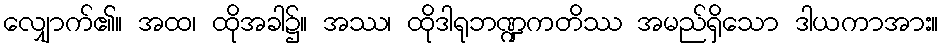
လျှောက်၏။ အထ၊ ထိုအခါ၌။ အဿ၊ ထိုဒါရုဘဏ္ဍကတိဿ အမည်ရှိသော ဒါယကာအား။